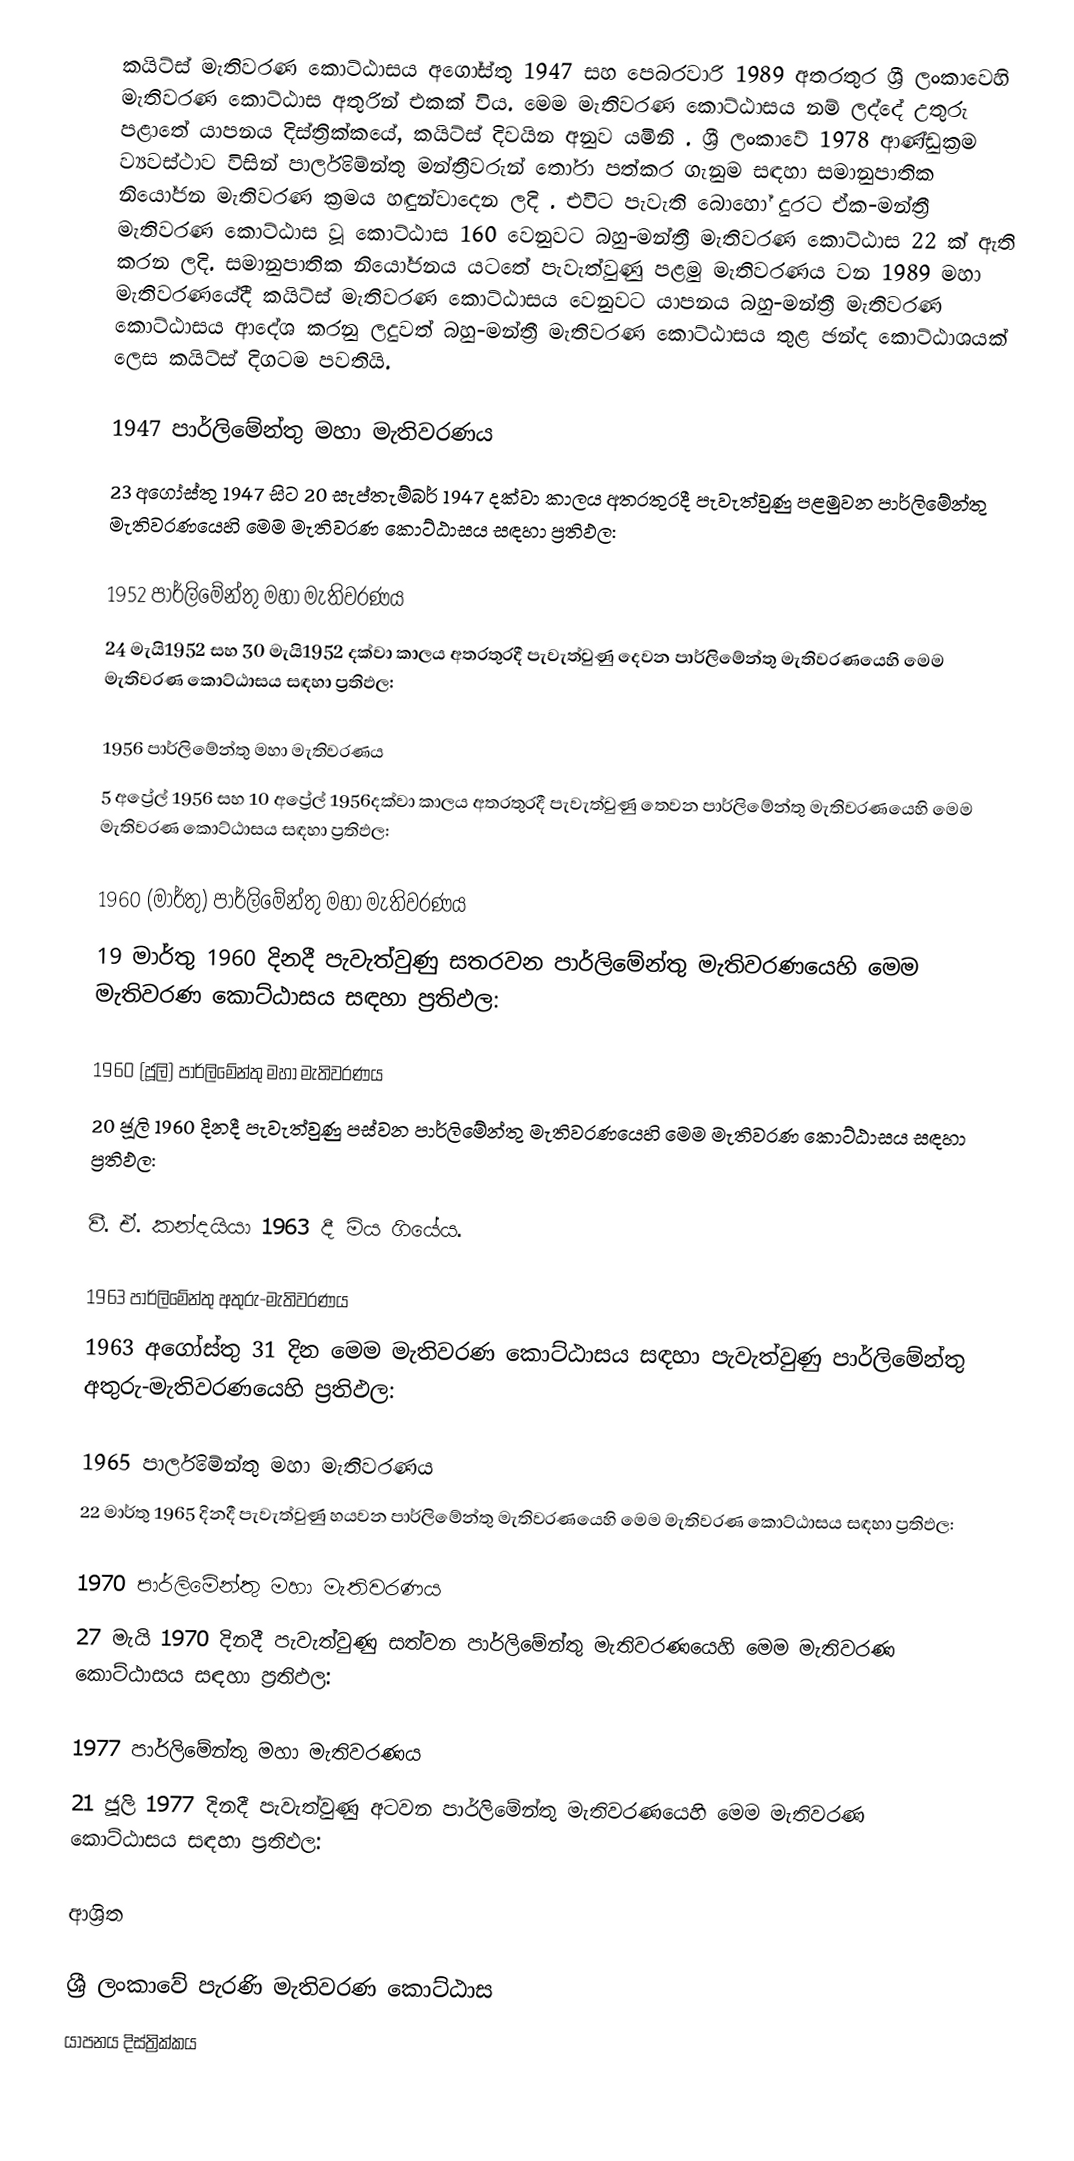
කයිට්ස් මැතිවරණ කොට්ඨාසය  අගෝස්තු 1947 සහ පෙබරවාරි 1989 අතරතුර  ශ්‍රී ලංකාවෙහි  මැතිවරණ කොට්ඨාස අතුරින් එකක් විය. මෙම මැතිවරණ කොට්ඨාසය නම් ලද්දේ උතුරු පළාතේ  යාපනය දිස්ත්‍රික්කයේ,  කයිට්ස් දිවයින අනුව යමිනි . ශ්‍රී ලංකාවේ 1978 ආණ්ඩුක්‍රම ව්‍යවස්ථාව විසින්   පාර්ලිමේන්තු මන්ත්‍රීවරුන් තෝරා පත්කර ගැනුම සඳහා සමානුපාතික නියෝජන මැතිවරණ ක්‍රමය හඳුන්වාදෙන ලදි . එවිට පැවැති බොහෝ දුරට  ඒක-මන්ත්‍රී මැතිවරණ කොට්ඨාස වූ කොට්ඨාස 160 වෙනුවට බහු-මන්ත්‍රී මැතිවරණ කොට්ඨාස 22 ක් ඇති කරන ලදි. සමානුපාතික නියෝජනය යටතේ පැවැත්වුණු පළමු මැතිවරණය වන 1989 මහා මැතිවරණයේදී  කයිට්ස් මැතිවරණ කොට්ඨාසය වෙනුවට  යාපනය බහු-මන්ත්‍රී මැතිවරණ කොට්ඨාසය  ආදේශ කරනු ලදුවත් බහු-මන්ත්‍රී මැතිවරණ කොට්ඨාසය තුළ ඡන්ද කොට්ඨාශයක් ලෙස කයිට්ස් දිගටම පවතියි.

1947 පාර්ලිමේන්තු මහා මැතිවරණය
23 අගෝස්තු 1947 සිට 20 සැප්තැම්බර් 1947 දක්වා කාලය අතරතුරදී පැවැත්වුණු  පළමුවන පාර්ලිමේන්තු මැතිවරණයෙහි මෙම මැතිවරණ කොට්ඨාසය සඳහා ප්‍රතිඵල:

1952 පාර්ලිමේන්තු මහා මැතිවරණය
24 මැයි1952 සහ 30 මැයි1952 දක්වා කාලය අතරතුරදී පැවැත්වුණු  දෙවන පාර්ලිමේන්තු මැතිවරණයෙහි මෙම මැතිවරණ කොට්ඨාසය සඳහා ප්‍රතිඵල:

1956 පාර්ලිමේන්තු මහා මැතිවරණය
5 අප්‍රේල් 1956 සහ 10 අප්‍රේල් 1956දක්වා කාලය අතරතුරදී පැවැත්වුණු  තෙවන පාර්ලිමේන්තු මැතිවරණයෙහි මෙම මැතිවරණ කොට්ඨාසය සඳහා ප්‍රතිඵල:

1960 (මාර්තු) පාර්ලිමේන්තු මහා මැතිවරණය
19 මාර්තු 1960 දිනදී පැවැත්වුණු  සතරවන පාර්ලිමේන්තු මැතිවරණයෙහි මෙම මැතිවරණ කොට්ඨාසය සඳහා ප්‍රතිඵල:

1960 (ජූලි) පාර්ලිමේන්තු මහා මැතිවරණය
20 ජූලි 1960 දිනදී පැවැත්වුණු  පස්වන පාර්ලිමේන්තු මැතිවරණයෙහි මෙම මැතිවරණ කොට්ඨාසය සඳහා ප්‍රතිඵල:

වී. ඒ. කන්දයියා 1963 දී මිය ගියේය‍.

1963 පාර්ලිමේන්තු අතුරු-මැතිවරණය
1963 අගෝස්තු 31 දින මෙම මැතිවරණ කොට්ඨාසය සඳහා පැවැත්වුණු පාර්ලිමේන්තු අතුරු-මැතිවරණයෙහි ප්‍රතිඵල:

1965 පාර්ලිමේන්තු මහා මැතිවරණය
22 මාර්තු 1965  දිනදී පැවැත්වුණු  හයවන පාර්ලිමේන්තු මැතිවරණයෙහි මෙම මැතිවරණ කොට්ඨාසය සඳහා ප්‍රතිඵල:

1970 පාර්ලිමේන්තු මහා මැතිවරණය
27 මැයි 1970 දිනදී පැවැත්වුණු  සත්වන පාර්ලිමේන්තු මැතිවරණයෙහි මෙම මැතිවරණ කොට්ඨාසය සඳහා ප්‍රතිඵල:

1977 පාර්ලිමේන්තු මහා මැතිවරණය
21 ජූලි 1977 දිනදී පැවැත්වුණු  අටවන පාර්ලිමේන්තු මැතිවරණයෙහි මෙම මැතිවරණ කොට්ඨාසය සඳහා ප්‍රතිඵල:

ආශ්‍රිත

ශ්‍රී ලංකාවේ පැරණි මැතිවරණ කොට්ඨාස
යාපනය දිස්ත්‍රික්කය